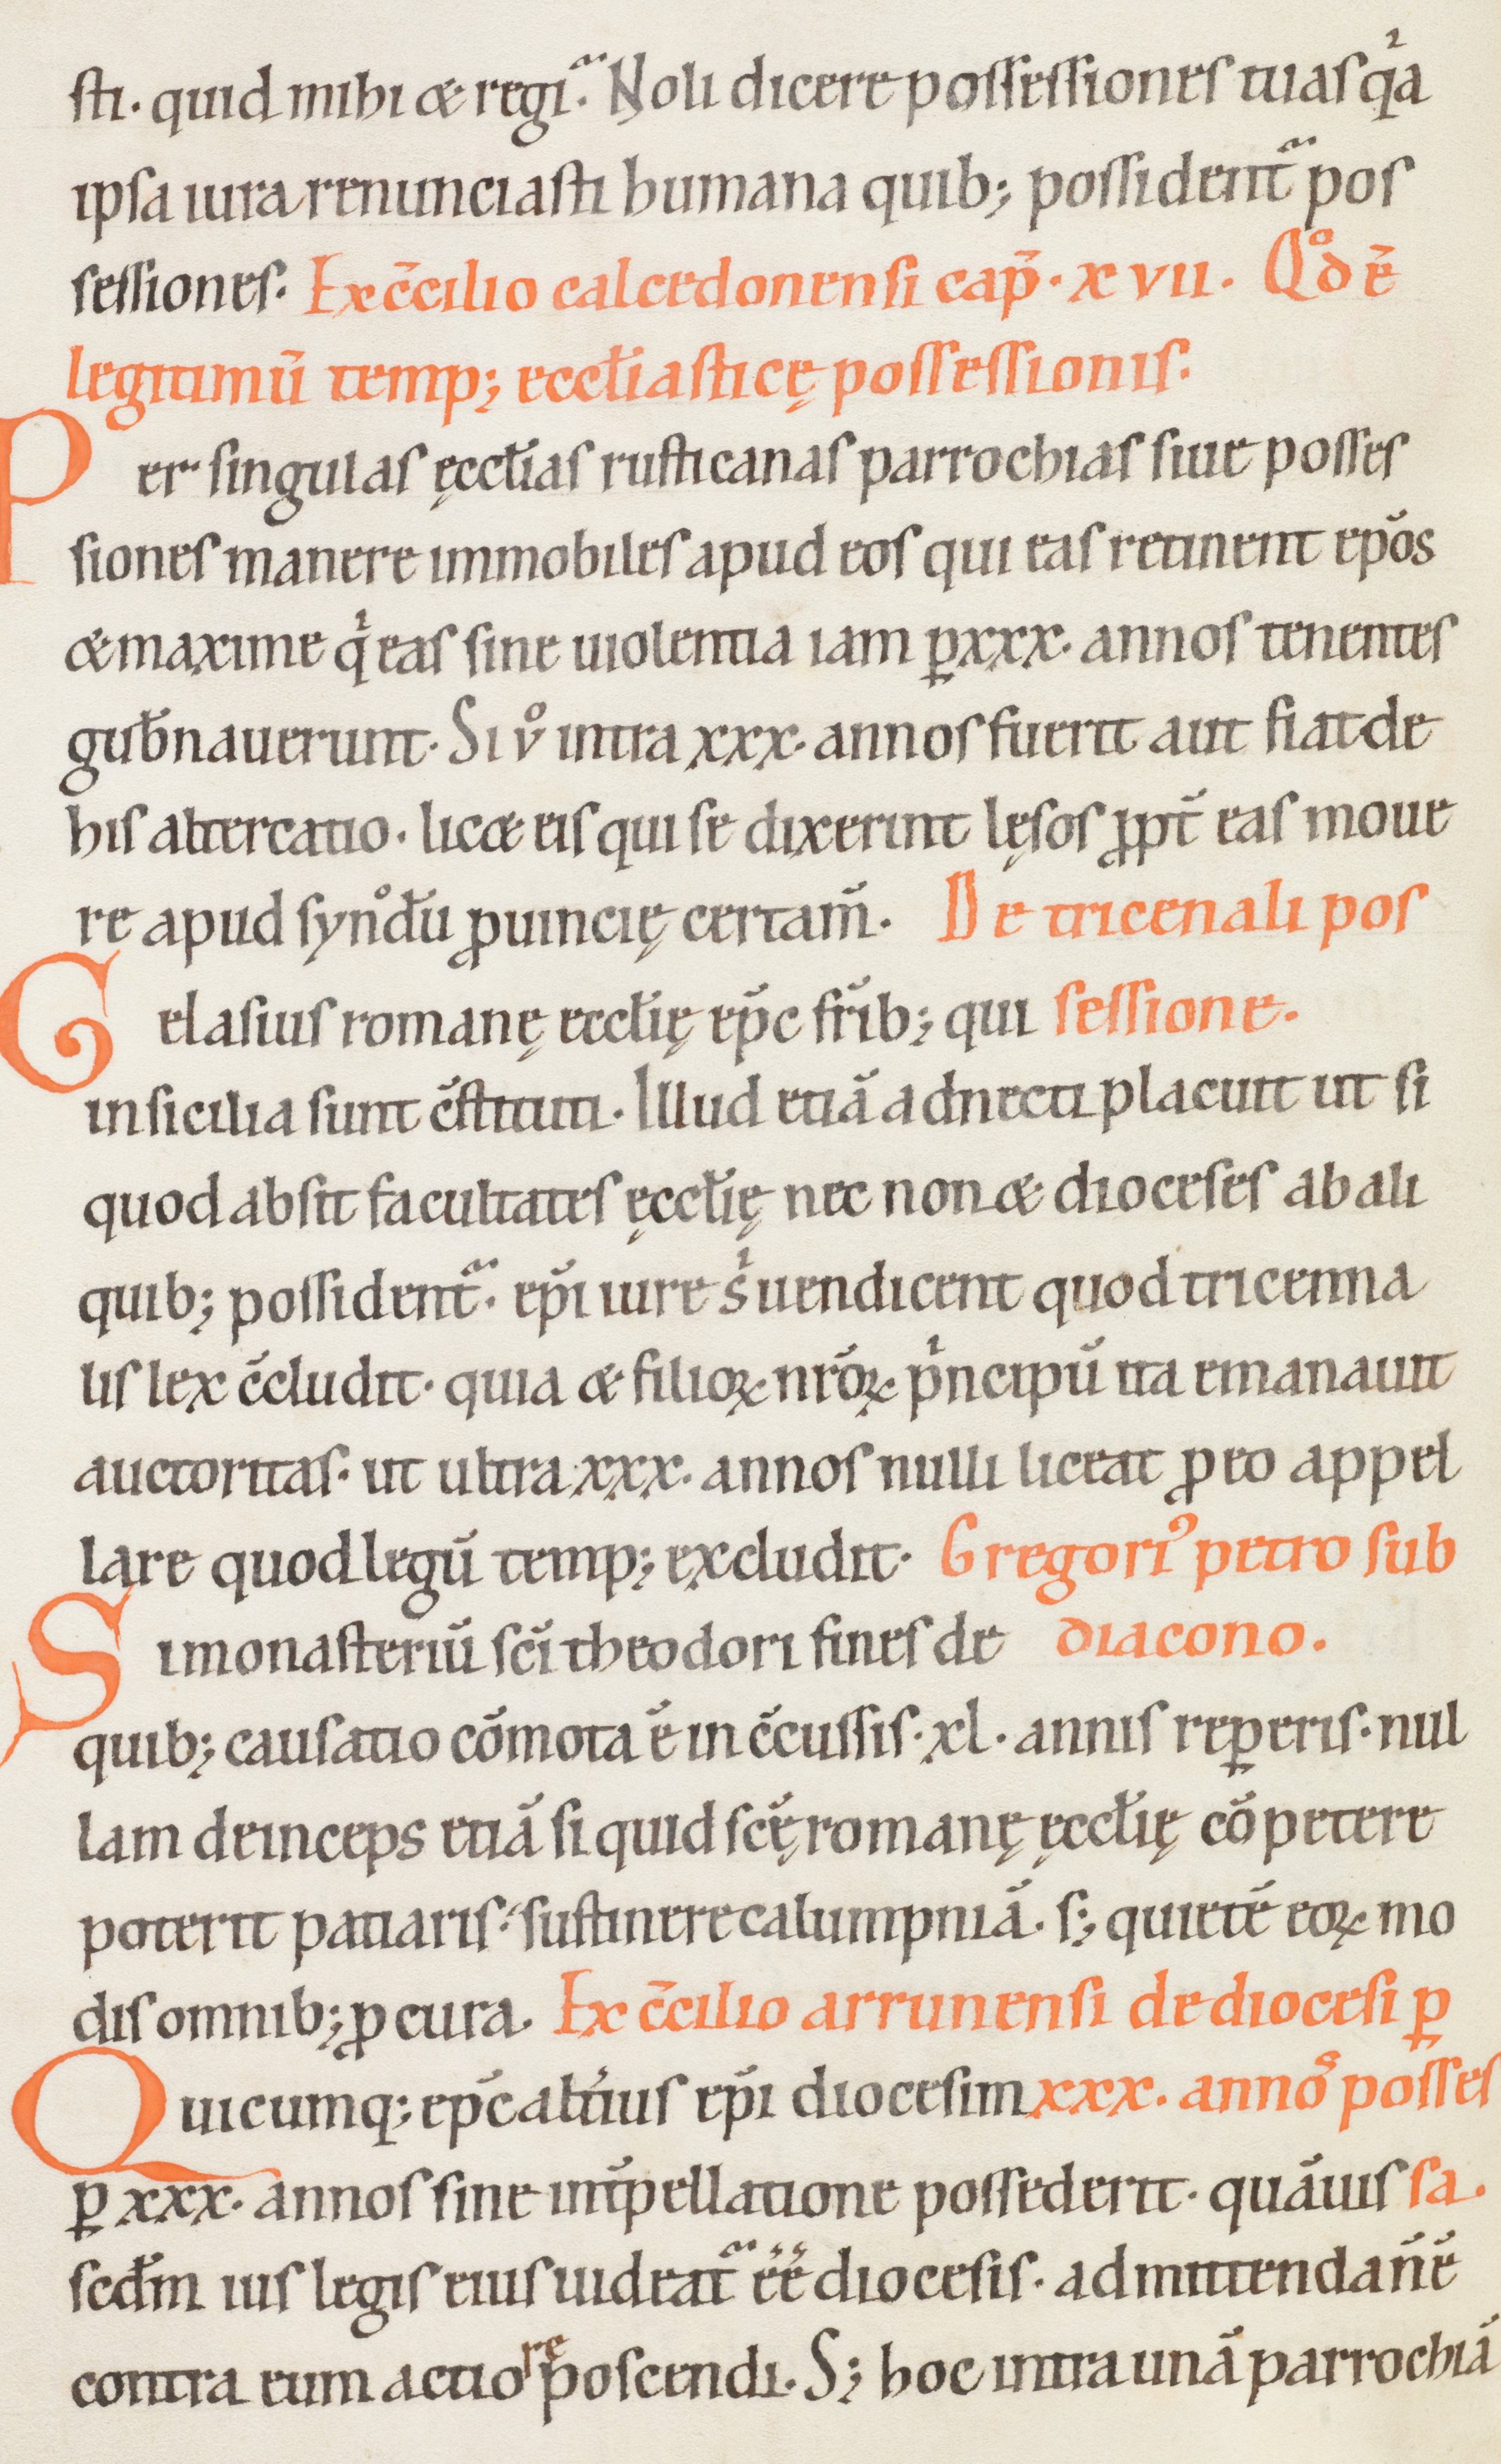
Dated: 1100–1199